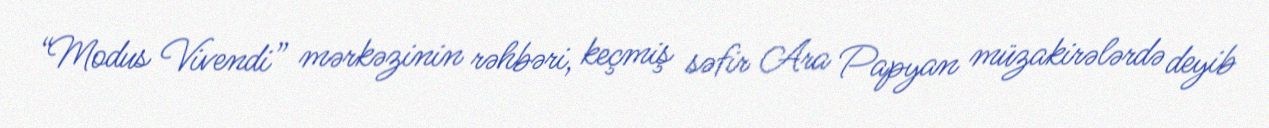
“Modus Vivendi” mərkəzinin rəhbəri, keçmiş səfir Ara Papyan müzakirələrdə deyib